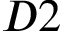
D 2